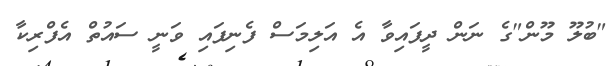
"ބުލޫ މޫން"ގެ ނަން ދީފައިވާ އެ އަލިމަސް ފެނިފައި ވަނީ ސައުތް އެފްރިކާ